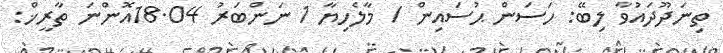
ތިނަދޫދައުވާ ލިބޭ: ހަސަން ޙުސައިން / މާލެހިޔާ 1 ނަންބަރު 18.04އޮންނަ ތާރީޚް: